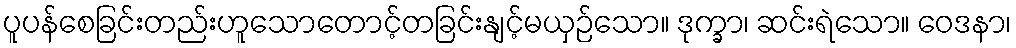
ပူပန်စေခြင်းတည်းဟူသောတောင့်တခြင်းနျင့်မယှဉ်သော။ ဒုက္ခာ၊ ဆင်းရဲသော။ ဝေဒနာ၊